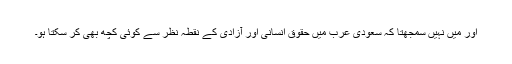
اور میں نہیں سمجهتا کہ سعودى عرب میں حقوق انسانى اور آزادى کے نقطہ نظر سے کوئی کچھ بهى کر سکتا ہو۔